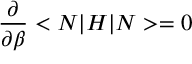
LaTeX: \frac { \partial } { \partial \beta } < N | H | N > = 0